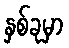
နှစ်ခုမှာ